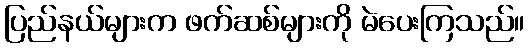
ပြည်နယ်များက ဖက်ဆစ်များကို မဲပေးကြသည်။